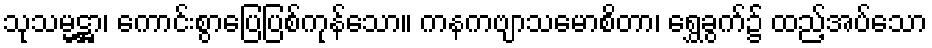
သုသမ္မဋ္ဌာ၊ ကောင်းစွာပြေပြစ်ကုန်သော။ ကနကဗျာသမောစိတာ၊ ရွှေခွက်၌ ထည့်အပ်သော